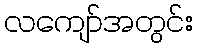
လကျော်အတွင်း